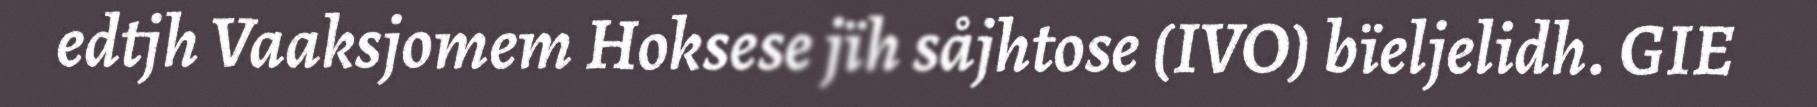
edtjh Vaaksjomem Hoksese jïh såjhtose (IVO) bïeljelidh. GIE